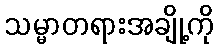
သမ္မာတရားအချို့ကို